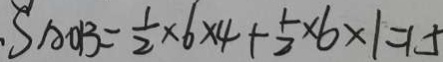
S _ { A O B } = \frac { 1 } { 2 } \times 6 \times 4 + \frac { 1 } { 2 } \times 6 \times 1 = 1 5